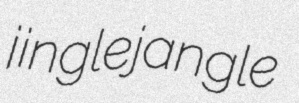
jinglejangle